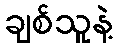
ချစ်သူနဲ့